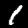
Label: 1